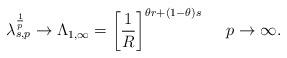
LaTeX: \begin{align*}\lambda_{s,p}^{\frac{1}{p}} \to \Lambda_{1,\infty} = \left[\frac{1}{R}\right]^{\theta r + (1-\theta)s}\ \ \ \ p \to \infty.\end{align*}